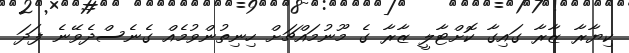
ކިޔާރާ ޒާރާ ގައިގާ ކޮށްޓާލީ ޒާރާ ގެ މޫނުމައްޗަށް ހިނިތުންވުމެއް ގެނެސްދެވޭނެ ފަދަ